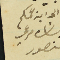
الى ابن  عمكم بشاره مرعي منصور